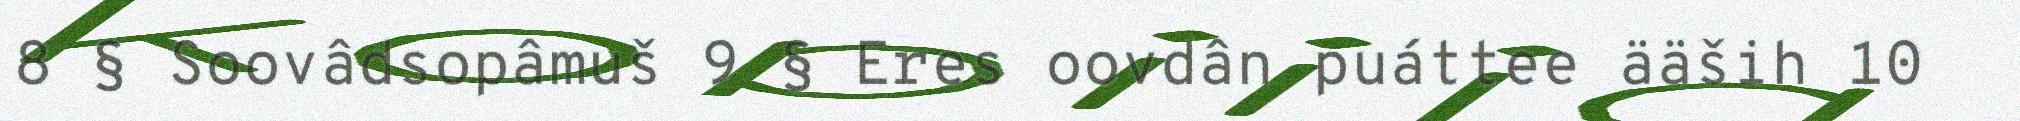
8 § Soovâdsopâmuš 9 § Eres oovdân puáttee ääših 10